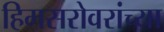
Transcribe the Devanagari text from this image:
हिमसरोवरांच्या